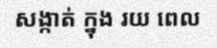
សង្កាត់ ក្នុង រយ ពេល